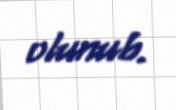
olunub.